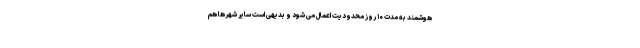
هوشمند به مدت ۱۰ روز محدودیت اعمال می شود و بدیهی است سایر شهرها هم